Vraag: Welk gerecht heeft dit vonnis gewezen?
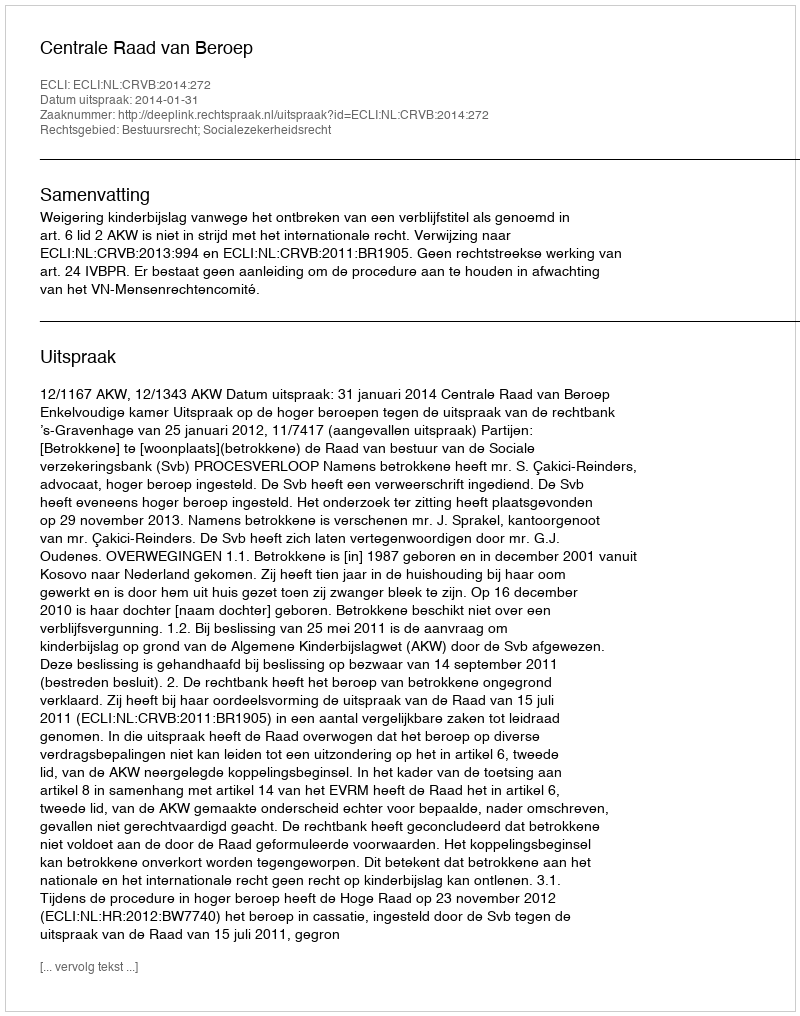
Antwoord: Centrale Raad van Beroep